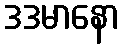
ဒဒမာနော